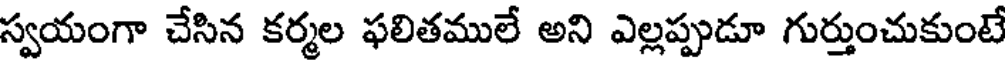
స్వయంగా చేసిన కర్మల ఫలితములే అని ఎల్లప్పుడూ గుర్తుంచుకుంటే